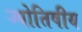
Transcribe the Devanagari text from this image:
ज्‍योतिषीय